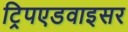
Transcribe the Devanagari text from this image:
ट्रिपएडवाइसर